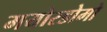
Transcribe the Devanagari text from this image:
मयोरडोमो